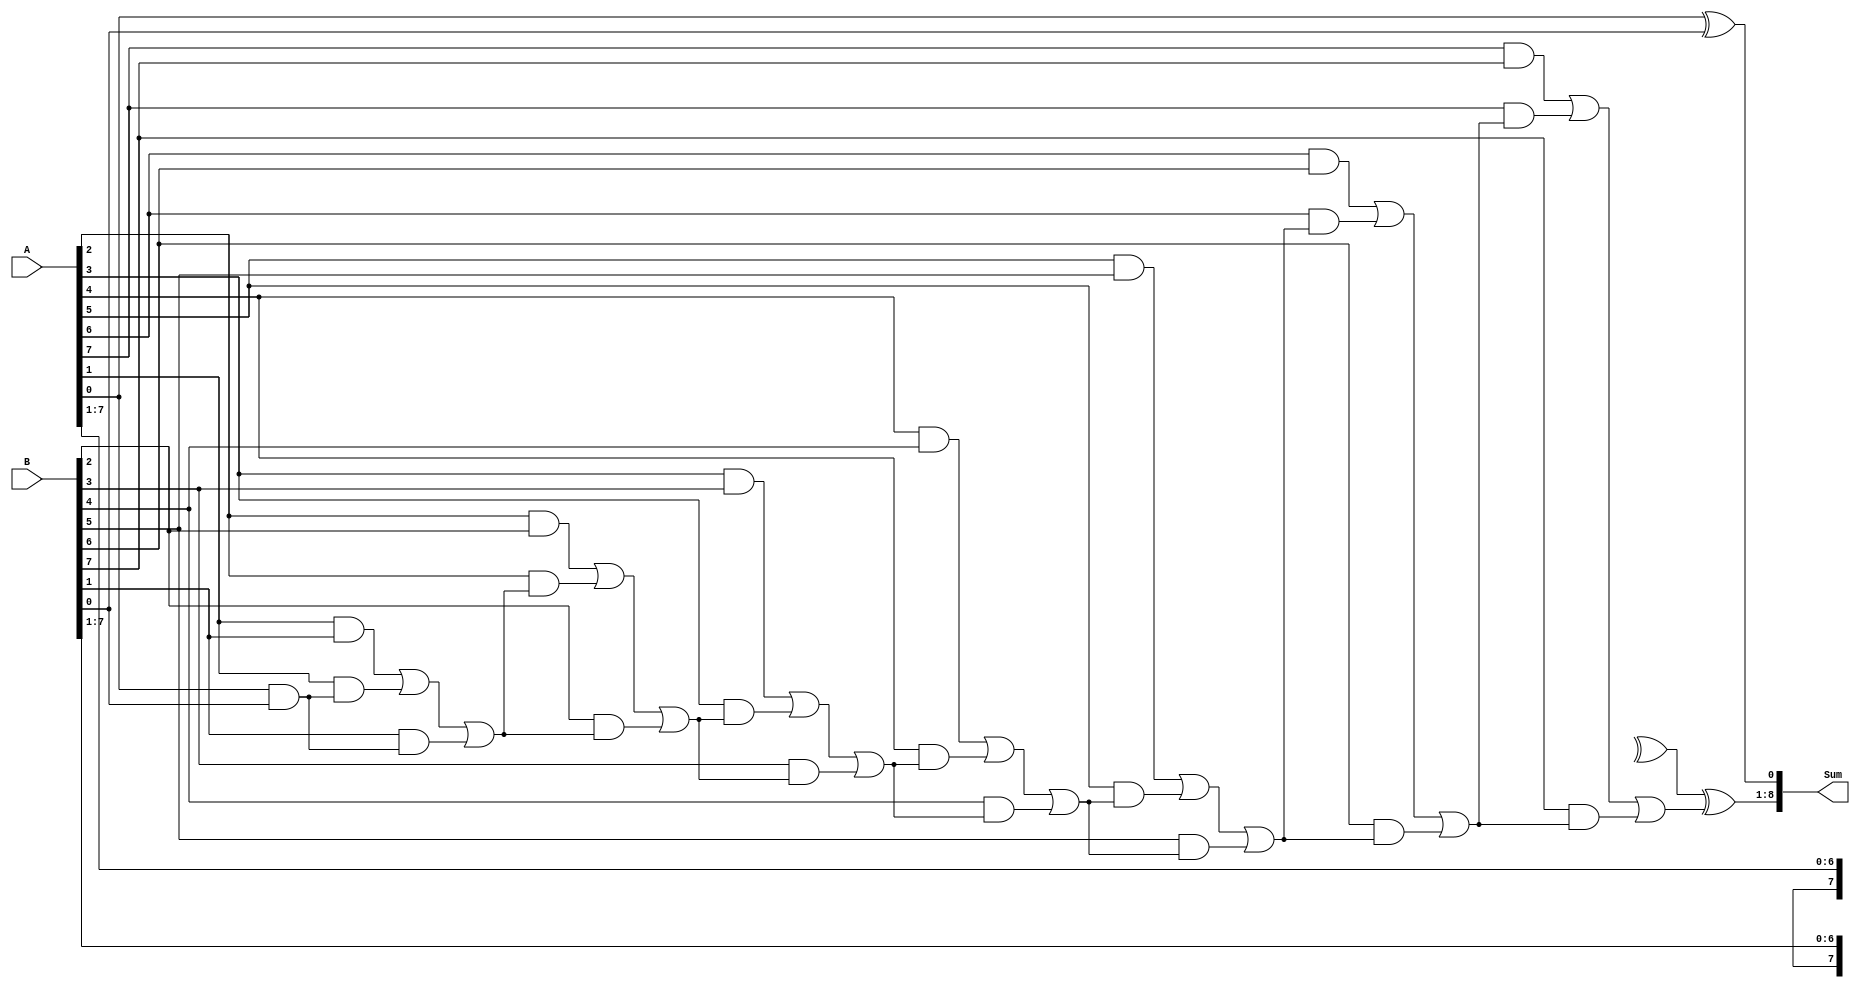
module carry_lookahead_adder (
    input [7:0] A,
    input [7:0] B,
    output [8:0] Sum
);

wire [7:0] C;

assign C[0] = A[0] & B[0];

genvar i;
generate
    for (i = 1; i < 8; i = i + 1) begin : generate_loop
        assign C[i] = (A[i] & B[i]) | (A[i] & C[i-1]) | (B[i] & C[i-1]);
    end
endgenerate

assign Sum[0] = A[0] ^ B[0];
assign Sum[1:8] = A[1:8] ^ B[1:8] ^ C[7];
assign Sum[9] = C[7];

endmodule